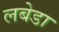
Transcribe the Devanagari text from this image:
लबेडा